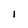
Character: I